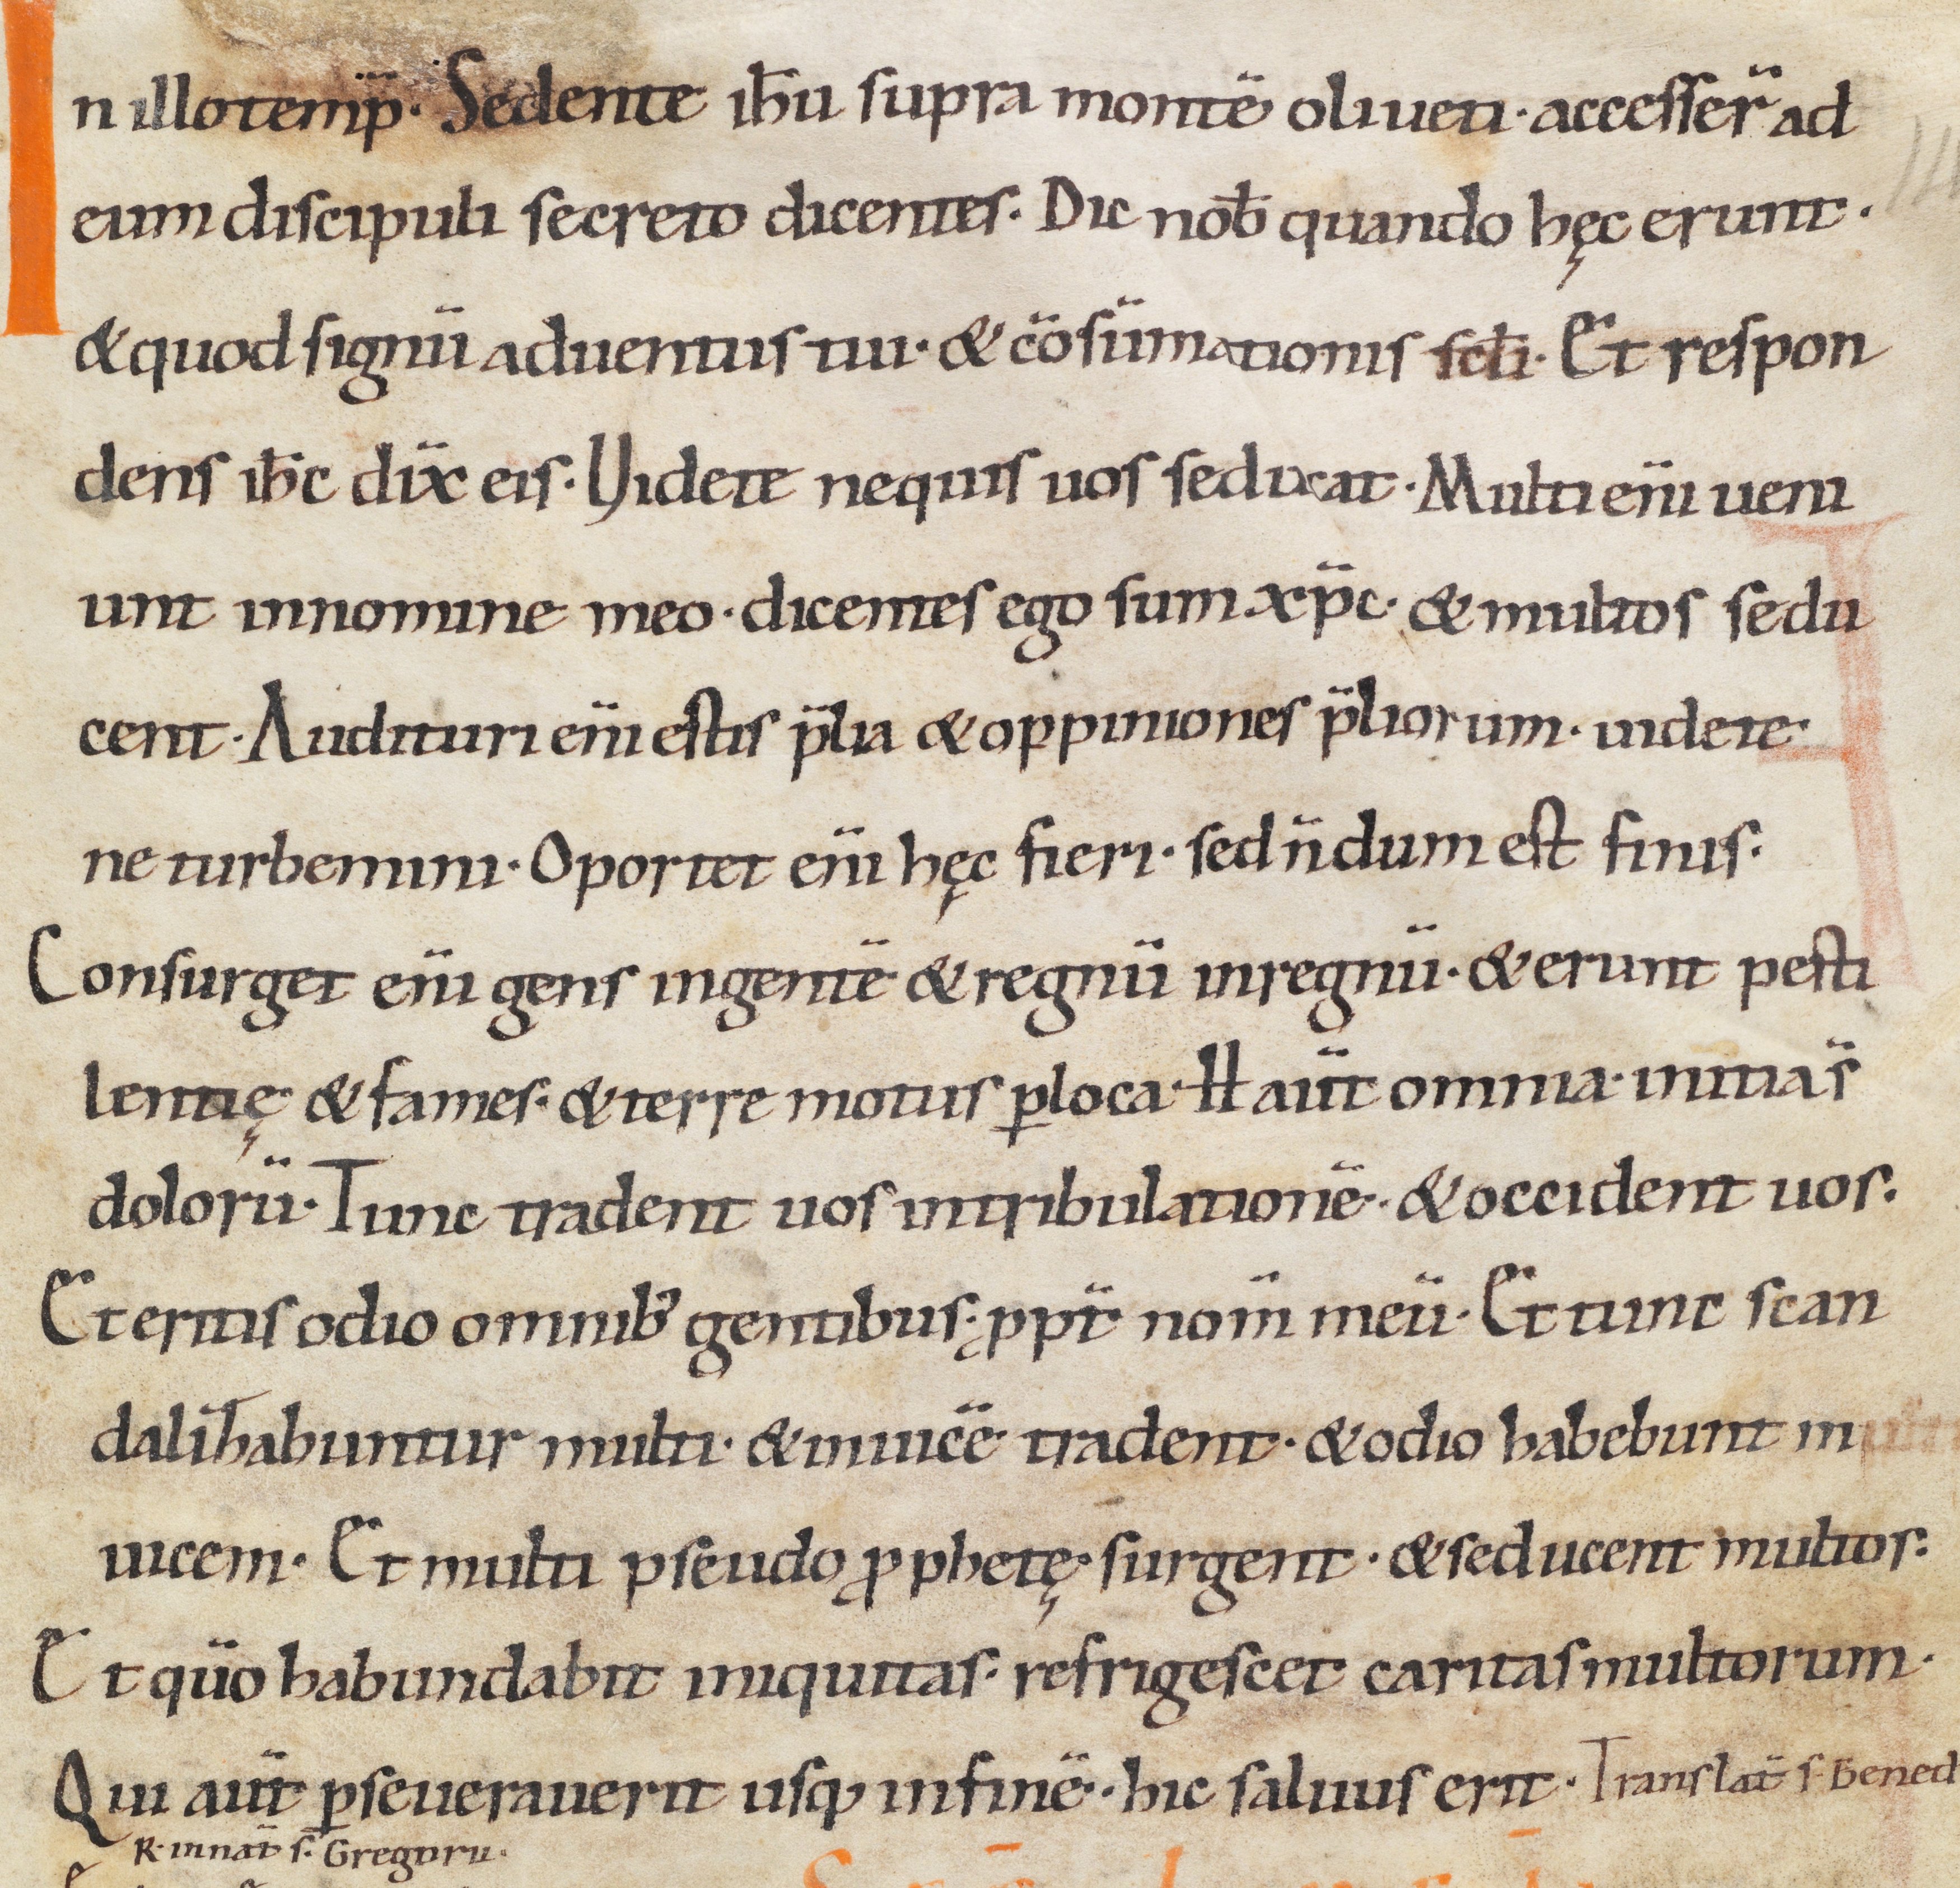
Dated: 1000–1049